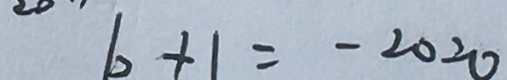
b + 1 = - 2 0 2 0